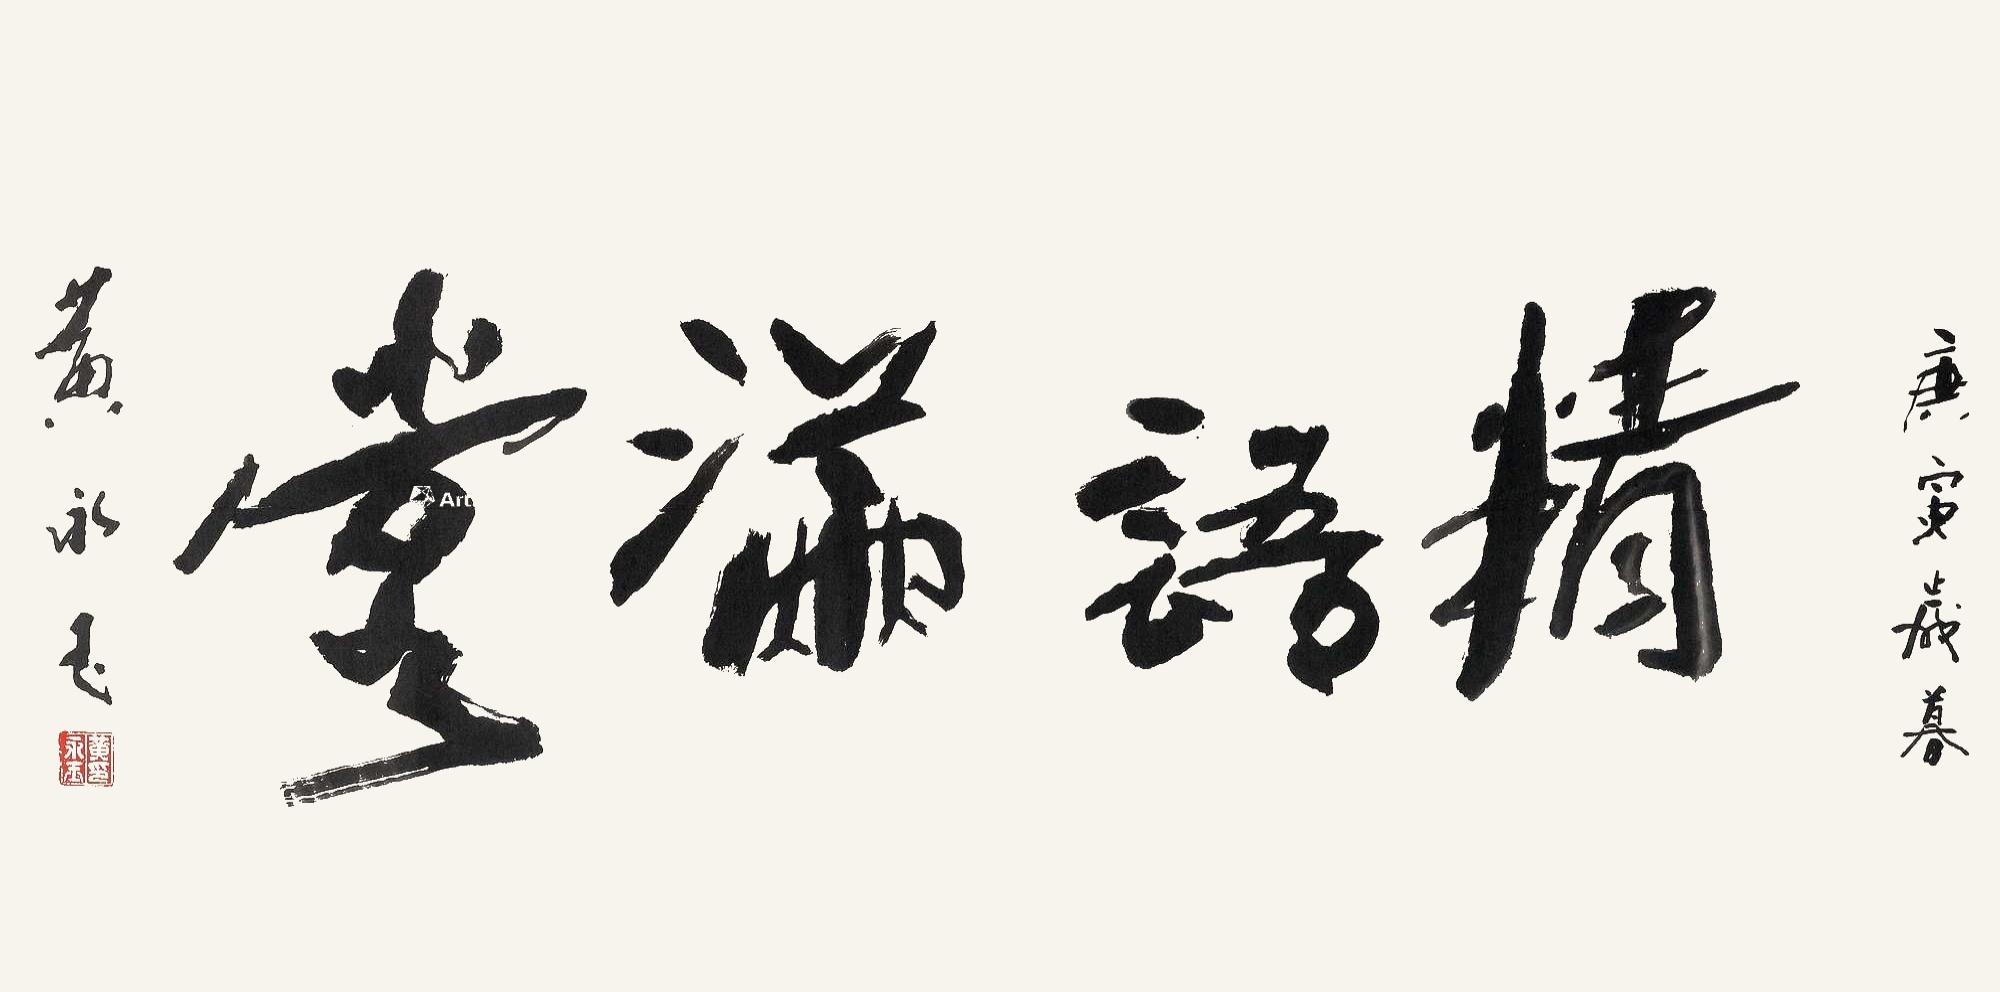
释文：精语满堂。庚寅（2010）岁暮，黄永玉。